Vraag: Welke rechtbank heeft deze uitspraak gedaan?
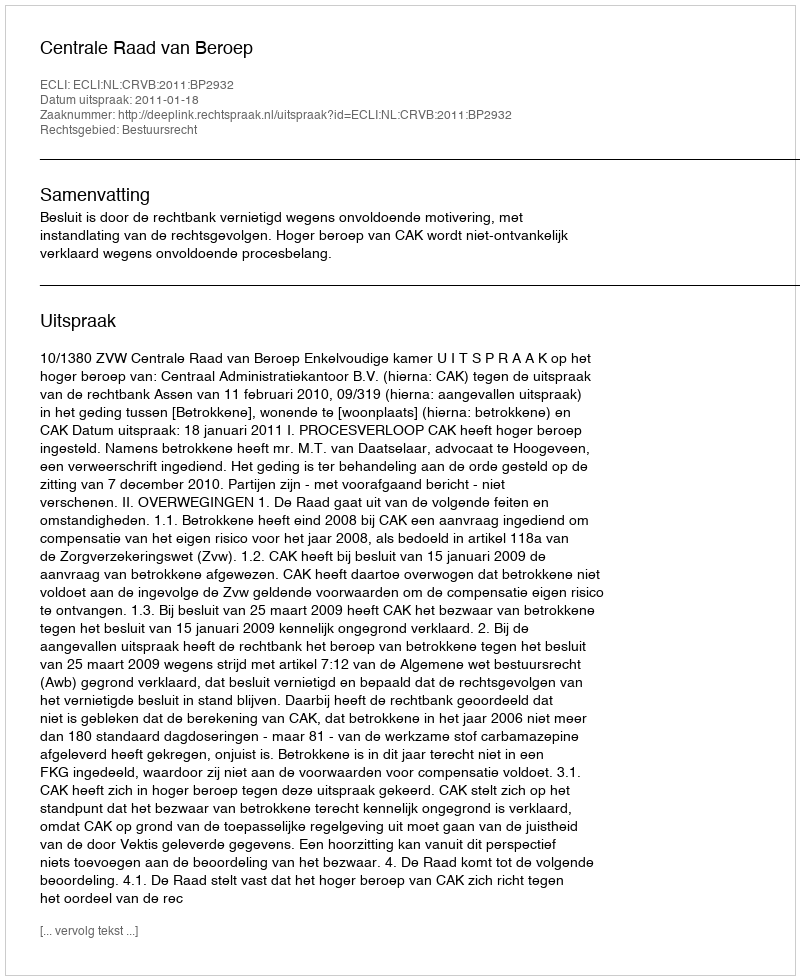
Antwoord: Centrale Raad van Beroep